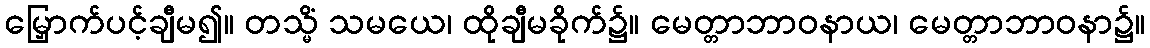
မြှောက်ပင့်ချီမ၍။ တသ္မိံ သမယေ၊ ထိုချီမခိုက်၌။ မေတ္တာဘာဝနာယ၊ မေတ္တာဘာဝနာ၌။